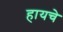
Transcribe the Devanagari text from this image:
हायचे